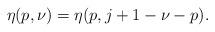
LaTeX: \begin{align*}\eta(p,\nu)=\eta(p,j+1-\nu-p).\end{align*}